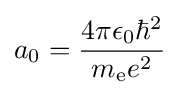
a_{0}={\frac {4\pi \epsilon _{0}\hbar ^{2}}{m_{\text{e}}e^{2}}}